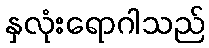
နှလုံးရောဂါသည်